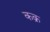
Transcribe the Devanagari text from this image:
कक्र